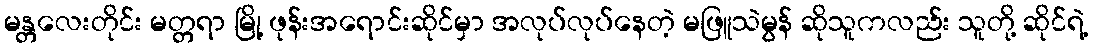
မန္တလေးတိုင်း မတ္တရာ မြို့ ဖုန်းအရောင်းဆိုင်မှာ အလုပ်လုပ်နေတဲ့ မဖြူသဲမွန် ဆိုသူကလည်း သူတို့ ဆိုင်ရဲ့